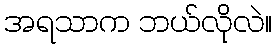
အရသာက ဘယ်လိုလဲ။